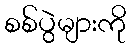
စစ်ပွဲများကို